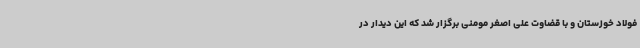
فولاد خوزستان و با قضاوت علی اصغر مومنی برگزار شد که این دیدار در